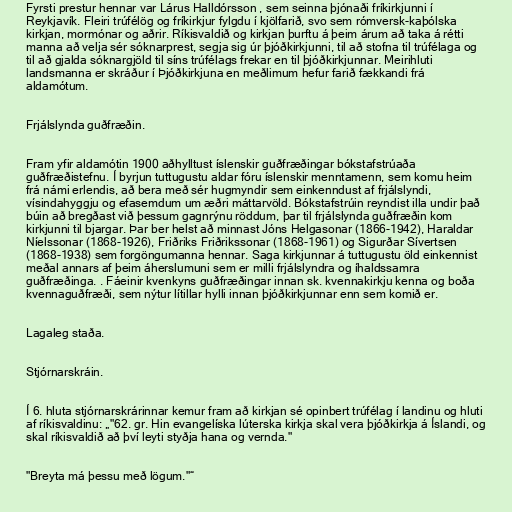
Fyrsti prestur hennar var Lárus Halldórsson , sem seinna þjónaði fríkirkjunni í
Reykjavík. Fleiri trúfélög og fríkirkjur fylgdu í kjölfarið, svo sem rómversk-kaþólska
kirkjan, mormónar og aðrir. Ríkisvaldið og kirkjan þurftu á þeim árum að taka á rétti
manna að velja sér sóknarprest, segja sig úr þjóðkirkjunni, til að stofna til trúfélaga og
til að gjalda sóknargjöld til síns trúfélags frekar en til þjóðkirkjunnar. Meirihluti
landsmanna er skráður í Þjóðkirkjuna en meðlimum hefur farið fækkandi frá
aldamótum.

Frjálslynda guðfræðin.

Fram yfir aldamótin 1900 aðhylltust íslenskir guðfræðingar bókstafstrúaða
guðfræðistefnu. Í byrjun tuttugustu aldar fóru íslenskir menntamenn, sem komu heim
frá námi erlendis, að bera með sér hugmyndir sem einkenndust af frjálslyndi,
vísindahyggju og efasemdum um æðri máttarvöld. Bókstafstrúin reyndist illa undir það
búin að bregðast við þessum gagnrýnu röddum, þar til frjálslynda guðfræðin kom
kirkjunni til bjargar. Þar ber helst að minnast Jóns Helgasonar (1866-1942), Haraldar
Níelssonar (1868-1926), Friðriks Friðrikssonar (1868-1961) og Sigurðar Sívertsen
(1868-1938) sem forgöngumanna hennar. Saga kirkjunnar á tuttugustu öld einkennist
meðal annars af þeim áherslumuni sem er milli frjálslyndra og íhaldssamra
guðfræðinga. . Fáeinir kvenkyns guðfræðingar innan sk. kvennakirkju kenna og boða
kvennaguðfræði, sem nýtur lítillar hylli innan þjóðkirkjunnar enn sem komið er.

Lagaleg staða.

Stjórnarskráin.

Í 6. hluta stjórnarskrárinnar kemur fram að kirkjan sé opinbert trúfélag í landinu og hluti
af ríkisvaldinu: „"62. gr. Hin evangelíska lúterska kirkja skal vera þjóðkirkja á Íslandi, og
skal ríkisvaldið að því leyti styðja hana og vernda."

"Breyta má þessu með lögum."“